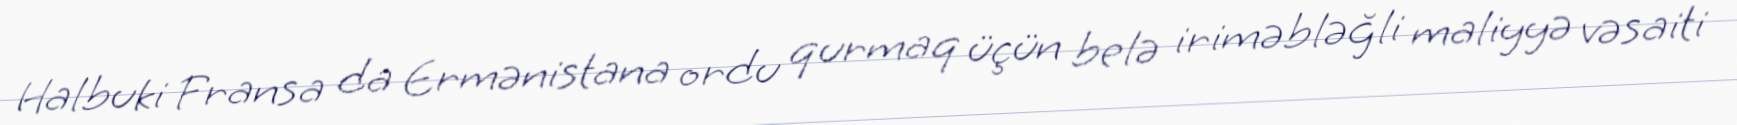
Halbuki Fransa da Ermənistana ordu qurmaq üçün belə iriməbləğli maliyyə vəsaiti